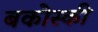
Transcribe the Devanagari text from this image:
बकोस्की